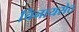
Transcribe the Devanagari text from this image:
चिनायसेठ